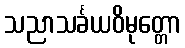
သညာသင်္ခယဝိမုတ္တော